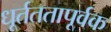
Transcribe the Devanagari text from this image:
धूर्तततापूर्वक